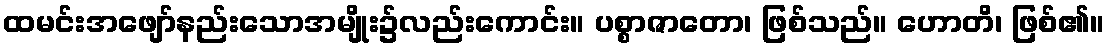
ထမင်းအဖျော်နည်းသောအမျိုး၌လည်းကောင်း။ ပစ္စာဇာတော၊ ဖြစ်သည်။ ဟောတိ၊ ဖြစ်၏။